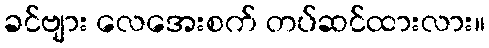
ခင်ဗျား လေအေးစက် တပ်ဆင်ထားလား။